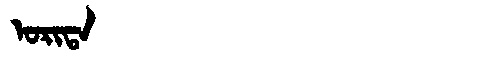
Manchu: ᠣᡵᡳᡨᠠ
Romanization: ORITA